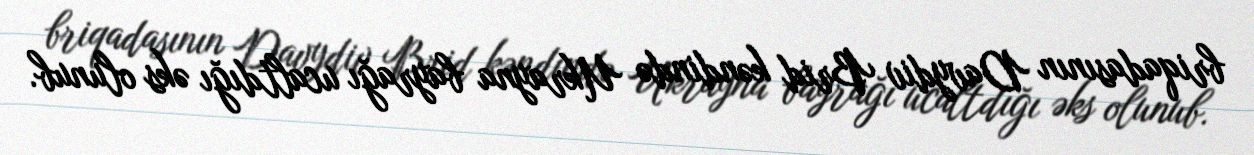
briqadasının Davydiv Brid kəndində Ukrayna bayrağı ucaltdığı əks olunub.